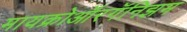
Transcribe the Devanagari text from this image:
मायक्रोऑरगॅनिझम